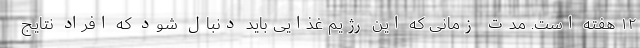
۱۲ هفته است. مدت زمانی که این رژیم غذایی باید دنبال شود که افراد نتایج